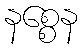
နစ္စေန